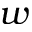
w